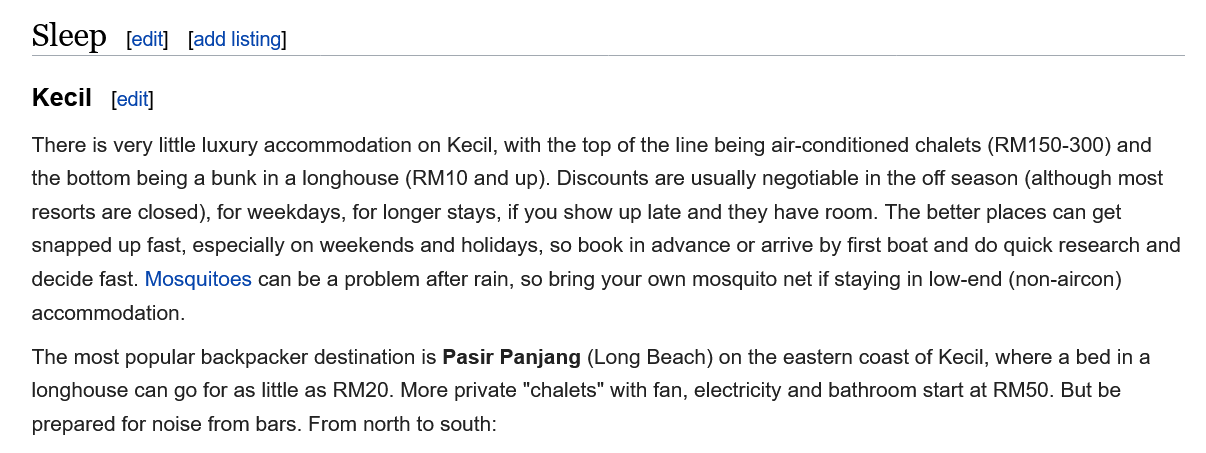
[edit] [add listing]
     [edit] Kecil
    Sleep
   The most popular backpacker destination is Pasir Panjang (Long Beach) on the eastern coast of Kecil, where a bed ina
    longhouse can go for as little as RM20. More private "chalets" with fan, electricity and bathroom start at RM50. But be
    prepared for noise from bars. From north to south:
   There is very little luxury accommodation on Kecil, with the top of the line being air-conditioned chalets (RM150-300) and
   the bottom being a bunk in a longhouse (RM10 and up). Discounts are usually negotiable in the off season (although most
    resorts are closed), for weekdays, for longer stays, if you show up late and they have room. The better places can get
   snapped up fast, especially on weekends and holidays, so book in advance or arrive by first boat and do quick research and
   decide fast. Mosquitoes can be a problem after rain, so bring your own mosquito net if staying in low-end (non-aircon)
   accommodation.